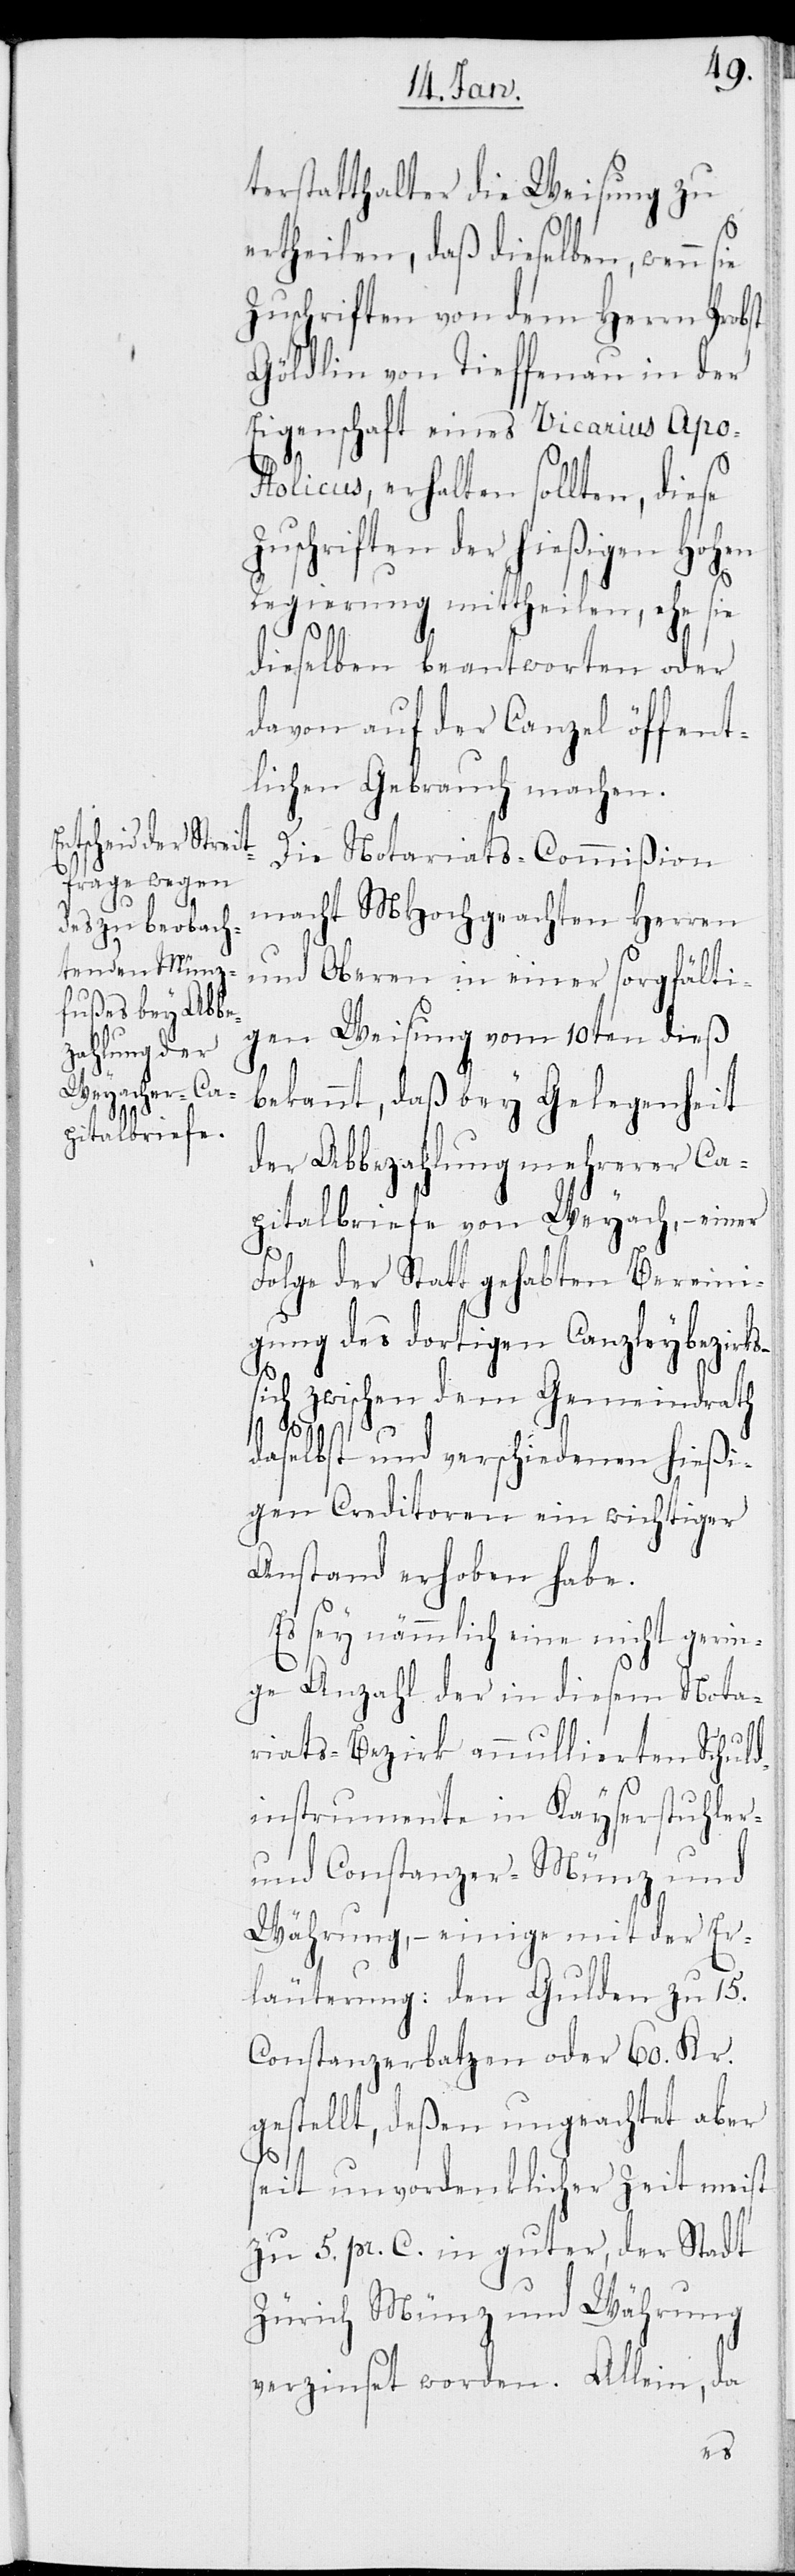
terstatthalter die Weisung zu
ertheilen, daß dieselben, wenn
Zuschriften von dem Herrn Probst
Göldlin von Tieffenau in der
Eigenschaft eines Vicarius Apo¬
stolicus, erhalten sollten, diese
schriften der hießigen Hohen
Regierung mittheilen, ehe sie
dieselben beantworten oder
davon auf der Canzel öffent¬
lichen Gebrauch machen.
Die Notariats-Commißion
macht MHochgeachten Herren
und Oberen in einer sorgfälti¬
gen Weisung vom 10ten dieß
bekannt, daß bey Gelegenheit
der Abbezahlung mehrerer Ca¬
pitalbriefe von Weyach, – einer
Folge der Statt gehabten Bereini¬
gung des dortigen Canzleybezirks
sich zwischen dem Gemeindrath
daselbst und verschiedenen hießi¬
gen Creditoren ein wichtiger
Anstand erhoben habe.
Es sey nämmlich eine nicht gerin¬
ge Anzahl der in diesem Nota¬
Zu¬
riats-Bezirk annullierten Schuld¬
instrumente in Kayserstuhler-
und Constanzer-Münz und
Währung, – einige mit der Er¬
lauterung: den Gulden zu 15.
Constanzerbatzen oder 60. Kr.
gestellt, deßen ungeachtet aber
seit unvordenklicher Zeit meist
zu 5. pr. C. in guter, der Stadt
Zürich Münz und Währung
verzinset worden. Allein, da